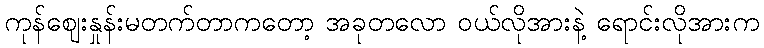
ကုန်ဈေးနှုန်းမတက်တာကတော့ အခုတလော ဝယ်လိုအားနဲ့ ရောင်းလိုအားက